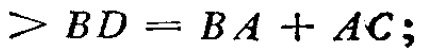
$>BD = BA + AC;$